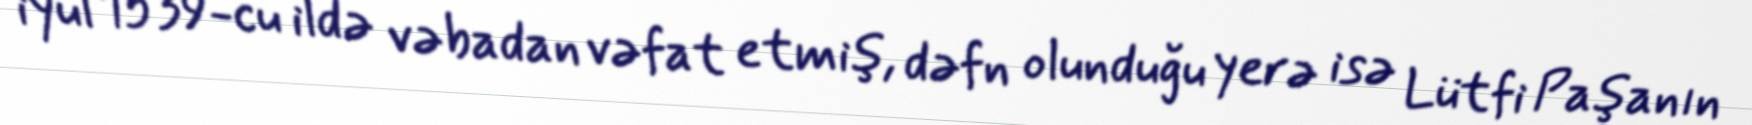
iyul 1539-cu ildə vəbadan vəfat etmiş, dəfn olunduğu yerə isə Lütfi Paşanın